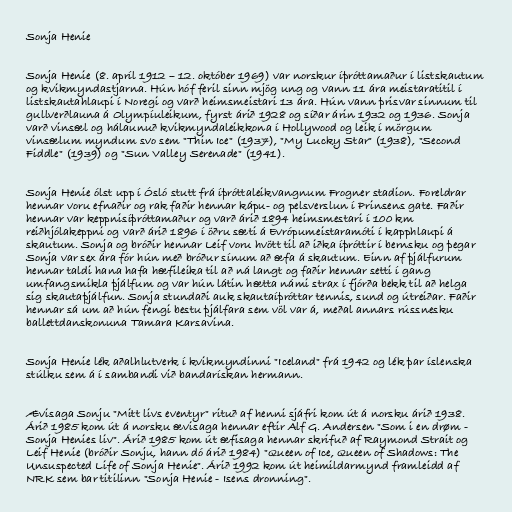
Sonja Henie

Sonja Henie (8. apríl 1912 – 12. október 1969) var norskur íþróttamaður í listskautum
og kvikmyndastjarna. Hún hóf feril sinn mjög ung og vann 11 ára meistaratitil í
listskautahlaupi í Noregi og varð heimsmeistari 13 ára. Hún vann þrisvar sinnum til
gullverðlauna á Olympíuleikum, fyrst árið 1928 og síðar árin 1932 og 1936. Sonja
varð vinsæl og hálaunuð kvikmyndaleikkona í Hollywood og leik í mörgum
vinsælum myndum svo sem "Thin Ice" (1937), "My Lucky Star" (1938), "Second
Fiddle" (1939) og "Sun Valley Serenade" (1941).

Sonja Henie ólst upp í Ósló stutt frá íþróttaleikvangnum Frogner stadion. Foreldrar
hennar voru efnaðir og rak faðir hennar kápu- og pelsverslun í Prinsens gate. Faðir
hennar var keppnisíþróttamaður og varð árið 1894 heimsmestari í 100 km
reiðhjólakeppni og varð árið 1896 í öðru sæti á Evrópumeistaramóti í kapphlaupi á
skautum. Sonja og bróðir hennar Leif voru hvött til að iðka íþróttir í bernsku og þegar
Sonja var sex ára fór hún með bróður sínum að æfa á skautum. Einn af þjálfurum
hennar taldi hana hafa hæfileika til að ná langt og faðir hennar setti í gang
umfangsmikla þjálfum og var hún látin hætta námi strax í fjórða bekk til að helga
sig skautaþjálfun. Sonja stundaði auk skautaíþróttar tennis, sund og útreiðar. Faðir
hennar sá um að hún fengi bestu þjálfara sem völ var á, meðal annars rússnesku
ballettdanskonuna Tamara Karsavina.

Sonja Henie lék aðalhlutverk í kvikmyndinni "Iceland" frá 1942 og lék þar íslenska
stúlku sem á í sambandi við bandarískan hermann.

Ævisaga Sonju "Mitt livs eventyr" rituð af henni sjáfri kom út á norsku árið 1938.
Árið 1985 kom út á norsku ævisaga hennar eftir Alf G. Andersen "Som i en drøm -
Sonja Henies liv". Árið 1985 kom út æfisaga hennar skrifuð af Raymond Strait og
Leif Henie (bróðir Sonju, hann dó árið 1984) "Queen of Ice, Queen of Shadows: The
Unsuspected Life of Sonja Henie". Árið 1992 kom út heimildarmynd framleidd af
NRK sem bar titilinn "Sonja Henie - Isens dronning".